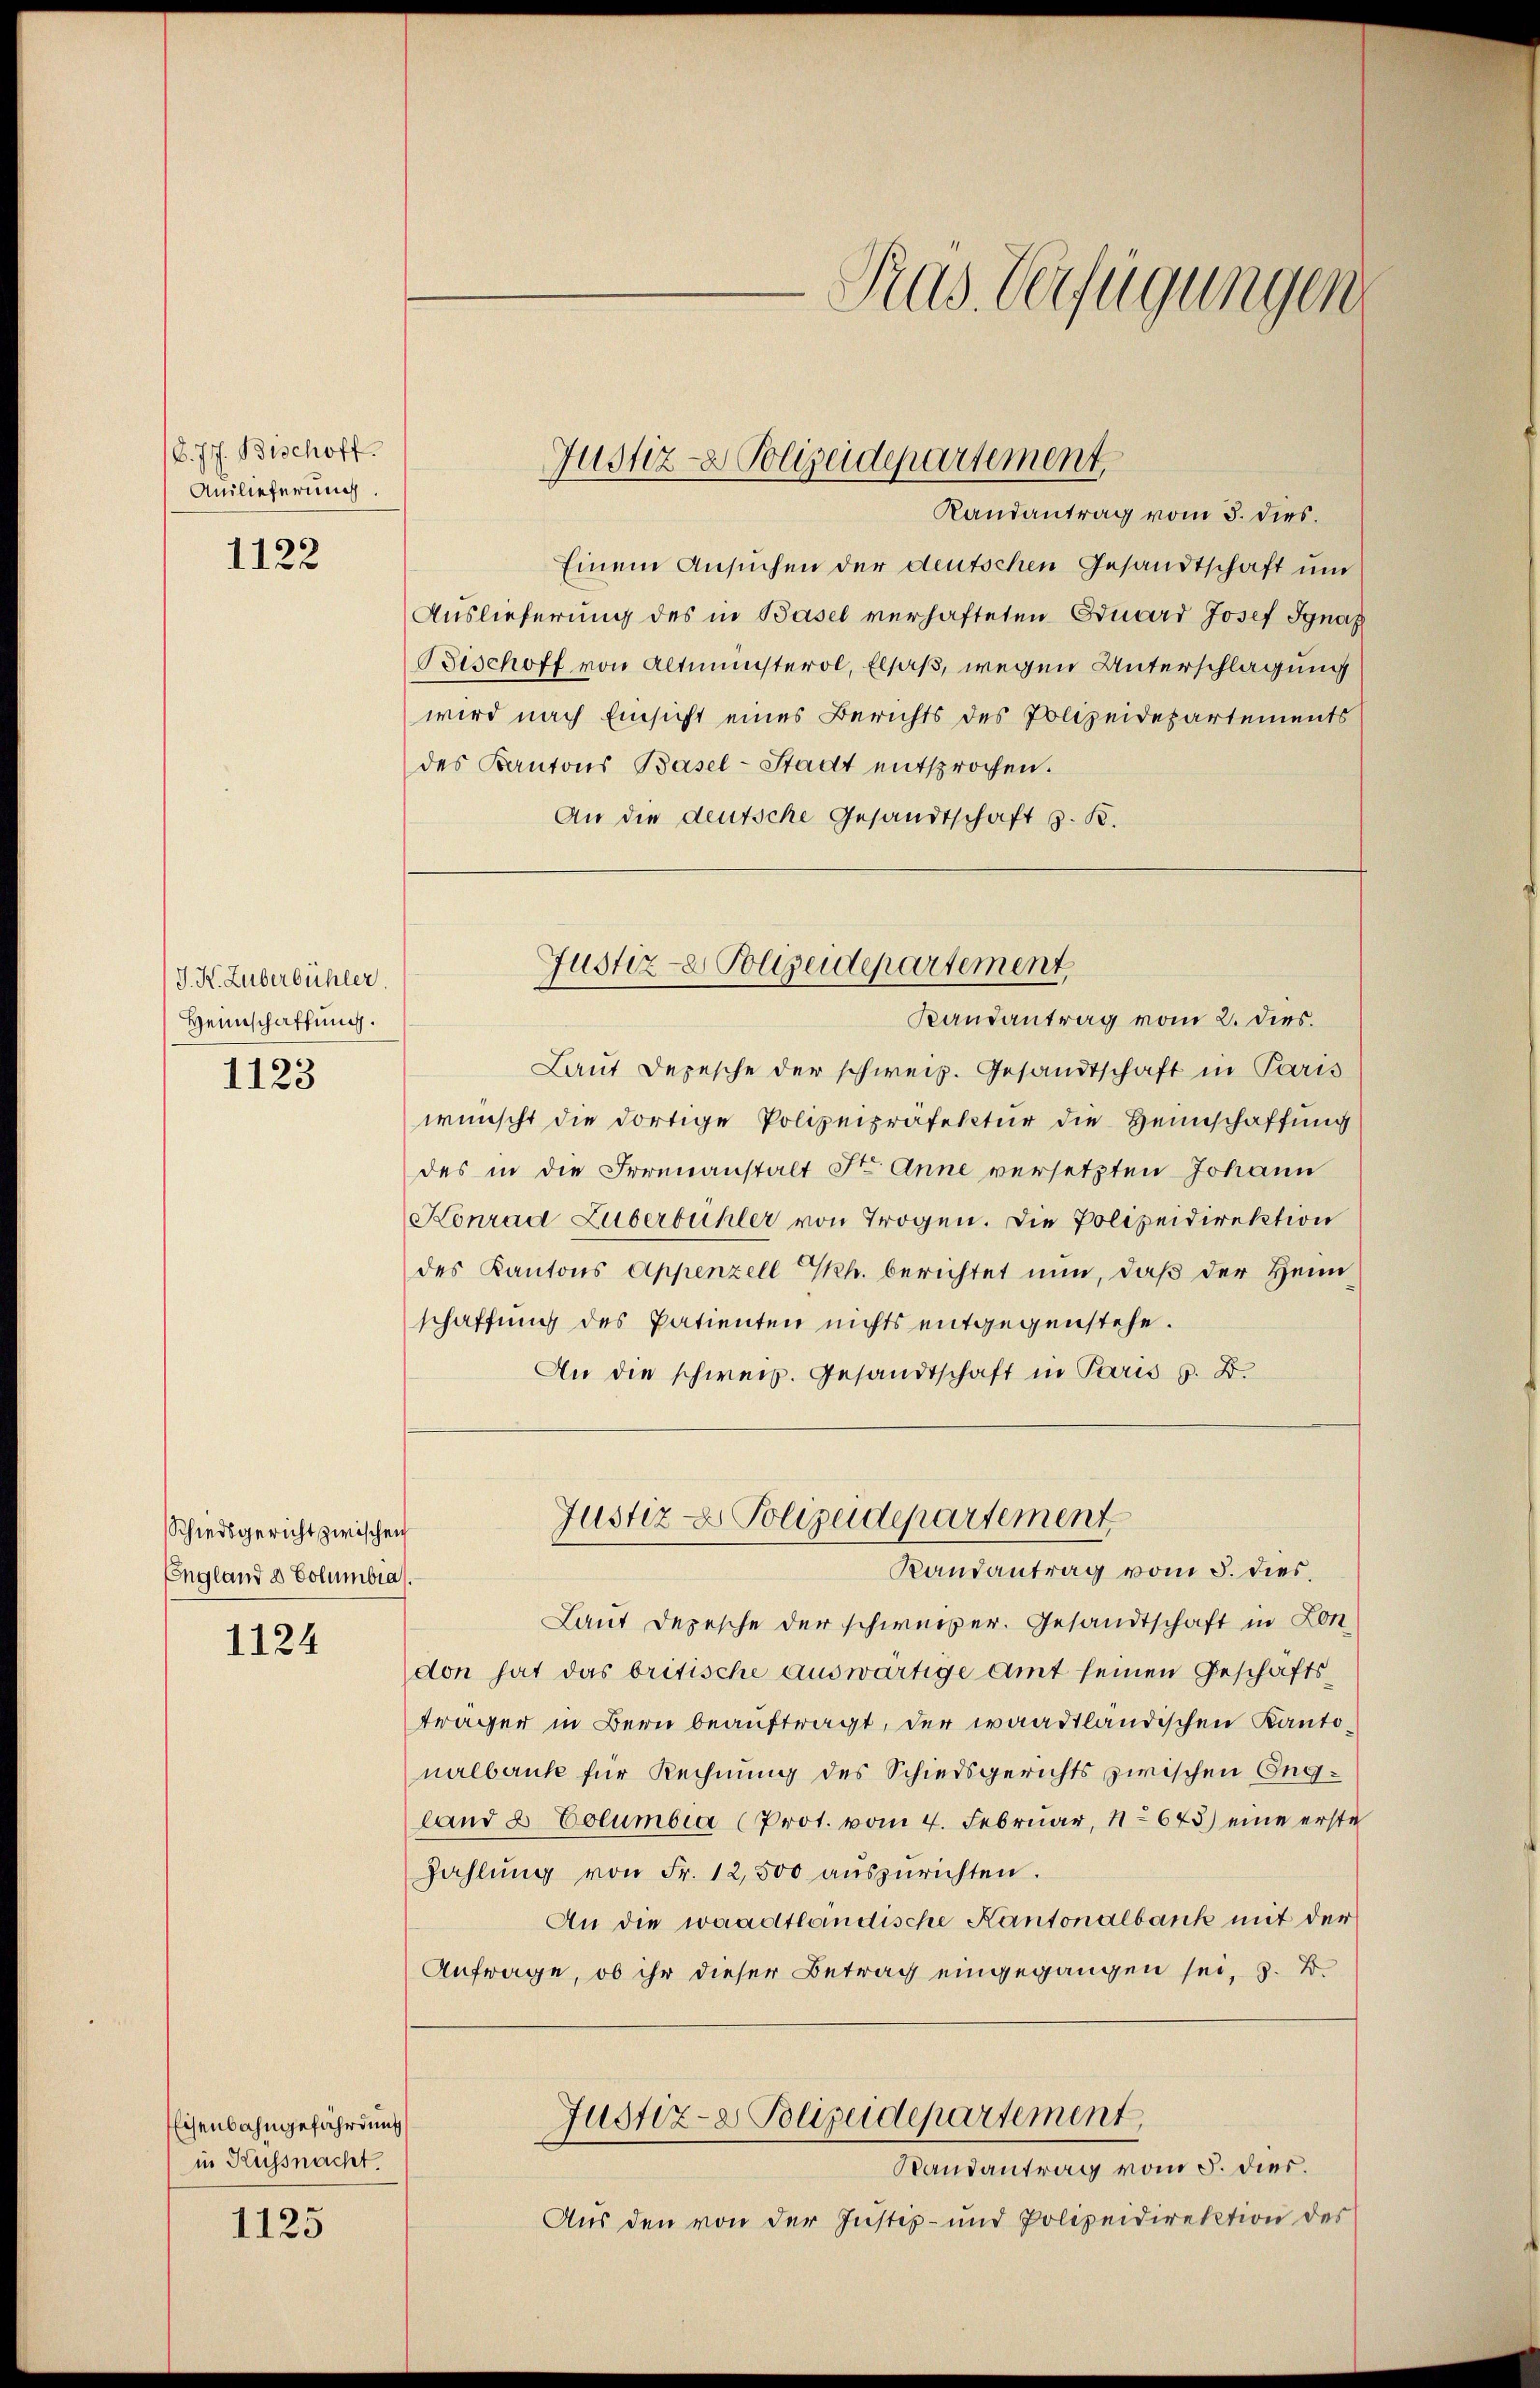
C. J. Bischoff
Anilieferung
1122

J. K. Zuberbühler.
Heimschaffung.
1123

Schiedsgericht zwischen
Ingland a Columbia).

1124

Eisenbahngefährdung
in Küssnacht.

1125

Einem Ansuchen der deutschen Gesandtschaft und
Auslieferung des in Basel verhafteten Eduard Josef Ignaz
Bischoff von Altmünsterol, Elsaß, wegen Unterschlagung
wird nach Einsicht eines Berichts des Polizeidepartements
des Kantons Basel-Stadt entsprochen.
An die deutsche Gesandtschaft z. B.

Justiz- & Polizeidepartement
Randantrag vom 3. dies.

Laut Depesche der schweiz. Gesandtschaft in Paris
wünscht die dortige Polizeipräfektur die Heimschaffung
des in die Irrenanstalt St. Anne versetzten Johann
Konrad Luberbühler von Trogen. Die Polizeidirektion
des Kantons Appenzell Th. berichtet nun, daß der Heim
schaffung des Patienten nichts entgegenstehe.
An die schweiz. Gesandtschaft in Paris s. B.

Justiz- Polizeidepartement
Randantrag vom 2. dies.

Pras Verfügungen

Justiz & Polizeidepartement
Randantrag vom 5. dies,

Laut Depesche der schweizer. Gesandtschaft in Lon
don hat das britische auswärtige Amt seinen Geschäftsträger in Bern beauftragt, der waadtländischen Kantonalbank für Rechnung des Schiedsgerichts zwischen England & Columbia (Prot. vom 4. Februar, 1675) eine erste
Zahlŭng von Fr. 12,500 aŭszŭrichten.
An die waadtländische Kantonalbank mit der
Anfrage, ob ihr dieser Betrag eingegangen sei, z. B.
Justiz- Polizeidepartement
Randantrag vom 5. dies.
Aus den von der Justiz- und Polizeidirektion des